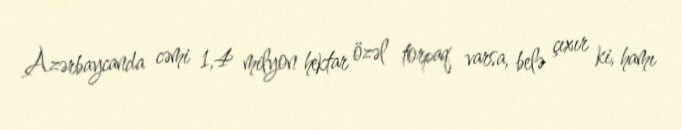
Azərbaycanda cəmi 1,4 milyon hektar özəl torpaq varsa, belə çıxır ki, hamı